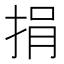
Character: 捐